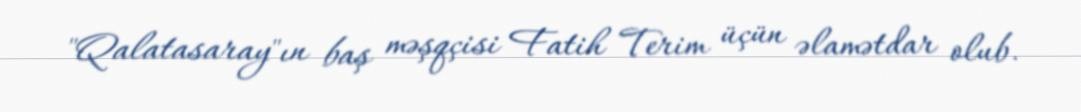
"Qalatasaray"ın baş məşqçisi Fatih Terim üçün əlamətdar olub.